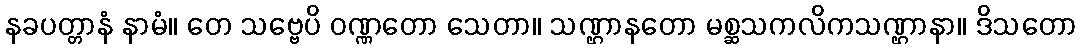
နခပတ္တာနံ နာမံ။ တေ သဗ္ဗေပိ ဝဏ္ဏတော သေတာ။ သဏ္ဌာနတော မစ္ဆသကလိကသဏ္ဌာနာ။ ဒိသတော